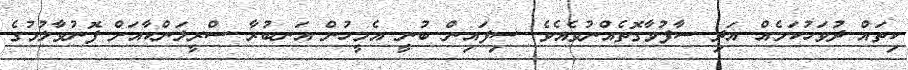
ކިތައް ދުވަހުކަމެއް އަދި ސާފުވާގޮތެއްނުވެއެވެ. ސިފައިން ބުނީ އެމީހުން އަނބުރާ ސްރީލަންކާއަށް ފޮނުވާލުމުގެ